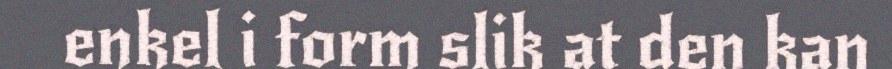
enkel i form slik at den kan